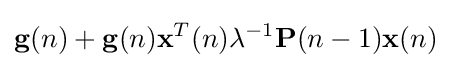
\mathbf {g} (n)+\mathbf {g} (n)\mathbf {x} ^{T}(n)\lambda ^{-1}\mathbf {P} (n-1)\mathbf {x} (n)